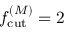
\ensuremath { f _ { \mathrm { c u t } } ^ { ( M ) } } = 2